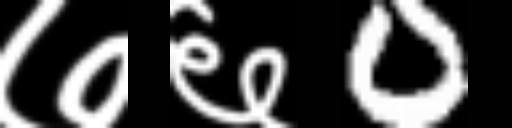
Text: ७६0